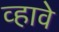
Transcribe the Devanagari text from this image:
व्‍हावे